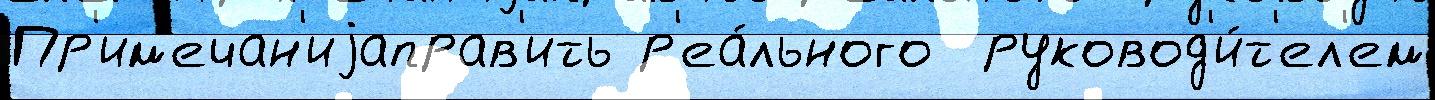
Пр'им'ечан'иjаправ'ить р'еа́льного  руковод'и́т'ел'ем